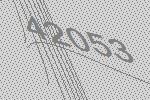
42053